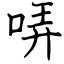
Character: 哢